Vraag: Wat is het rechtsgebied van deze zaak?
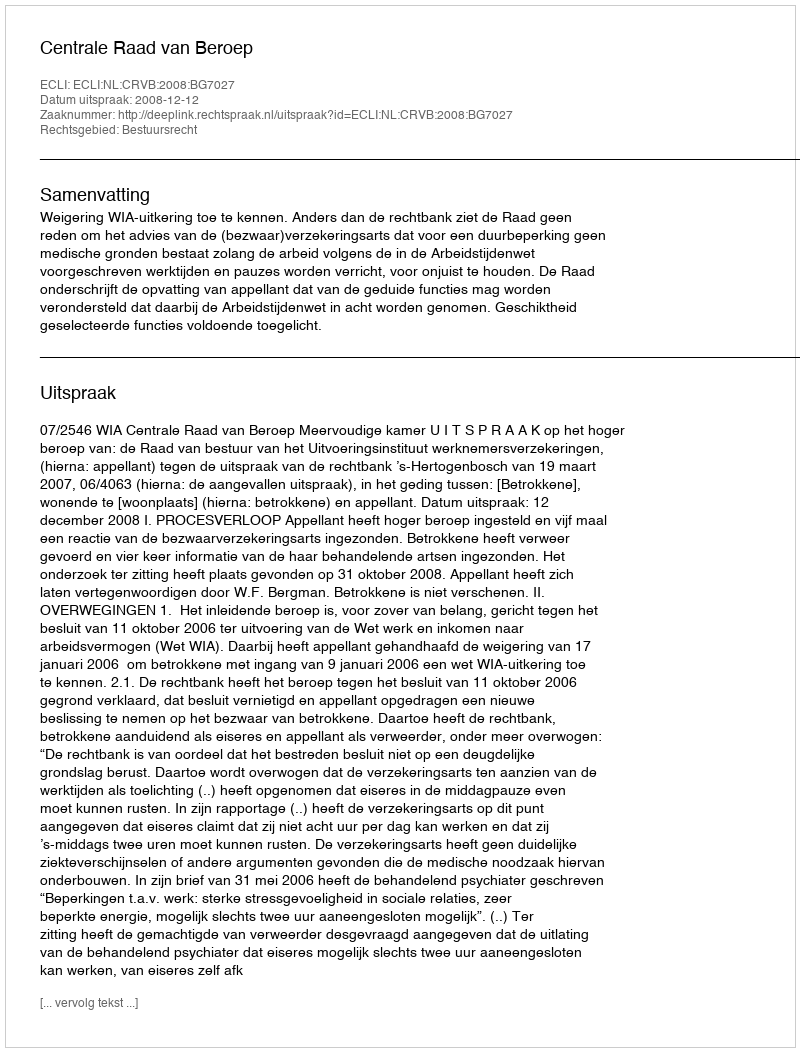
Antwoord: Bestuursrecht